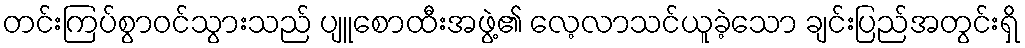
တင်းကြပ်စွာဝင်သွားသည် ပျူစောထီးအဖွဲ့၏ လေ့လာသင်ယူခဲ့သော ချင်းပြည်အတွင်းရှိ